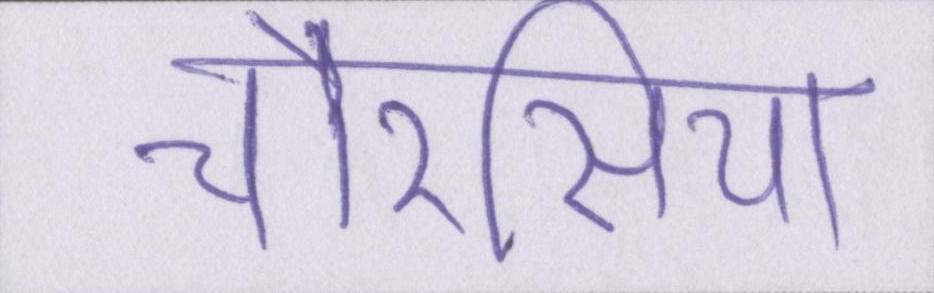
चौरसिया